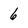
Character: 6